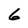
Character: 6